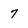
Character: 7